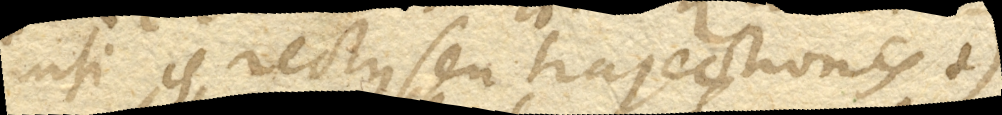
nisi is rectus seu trajectionis. +)